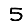
Digit: 5